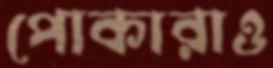
পোকারাও